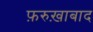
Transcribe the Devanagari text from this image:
फ़रुख़ाबाद